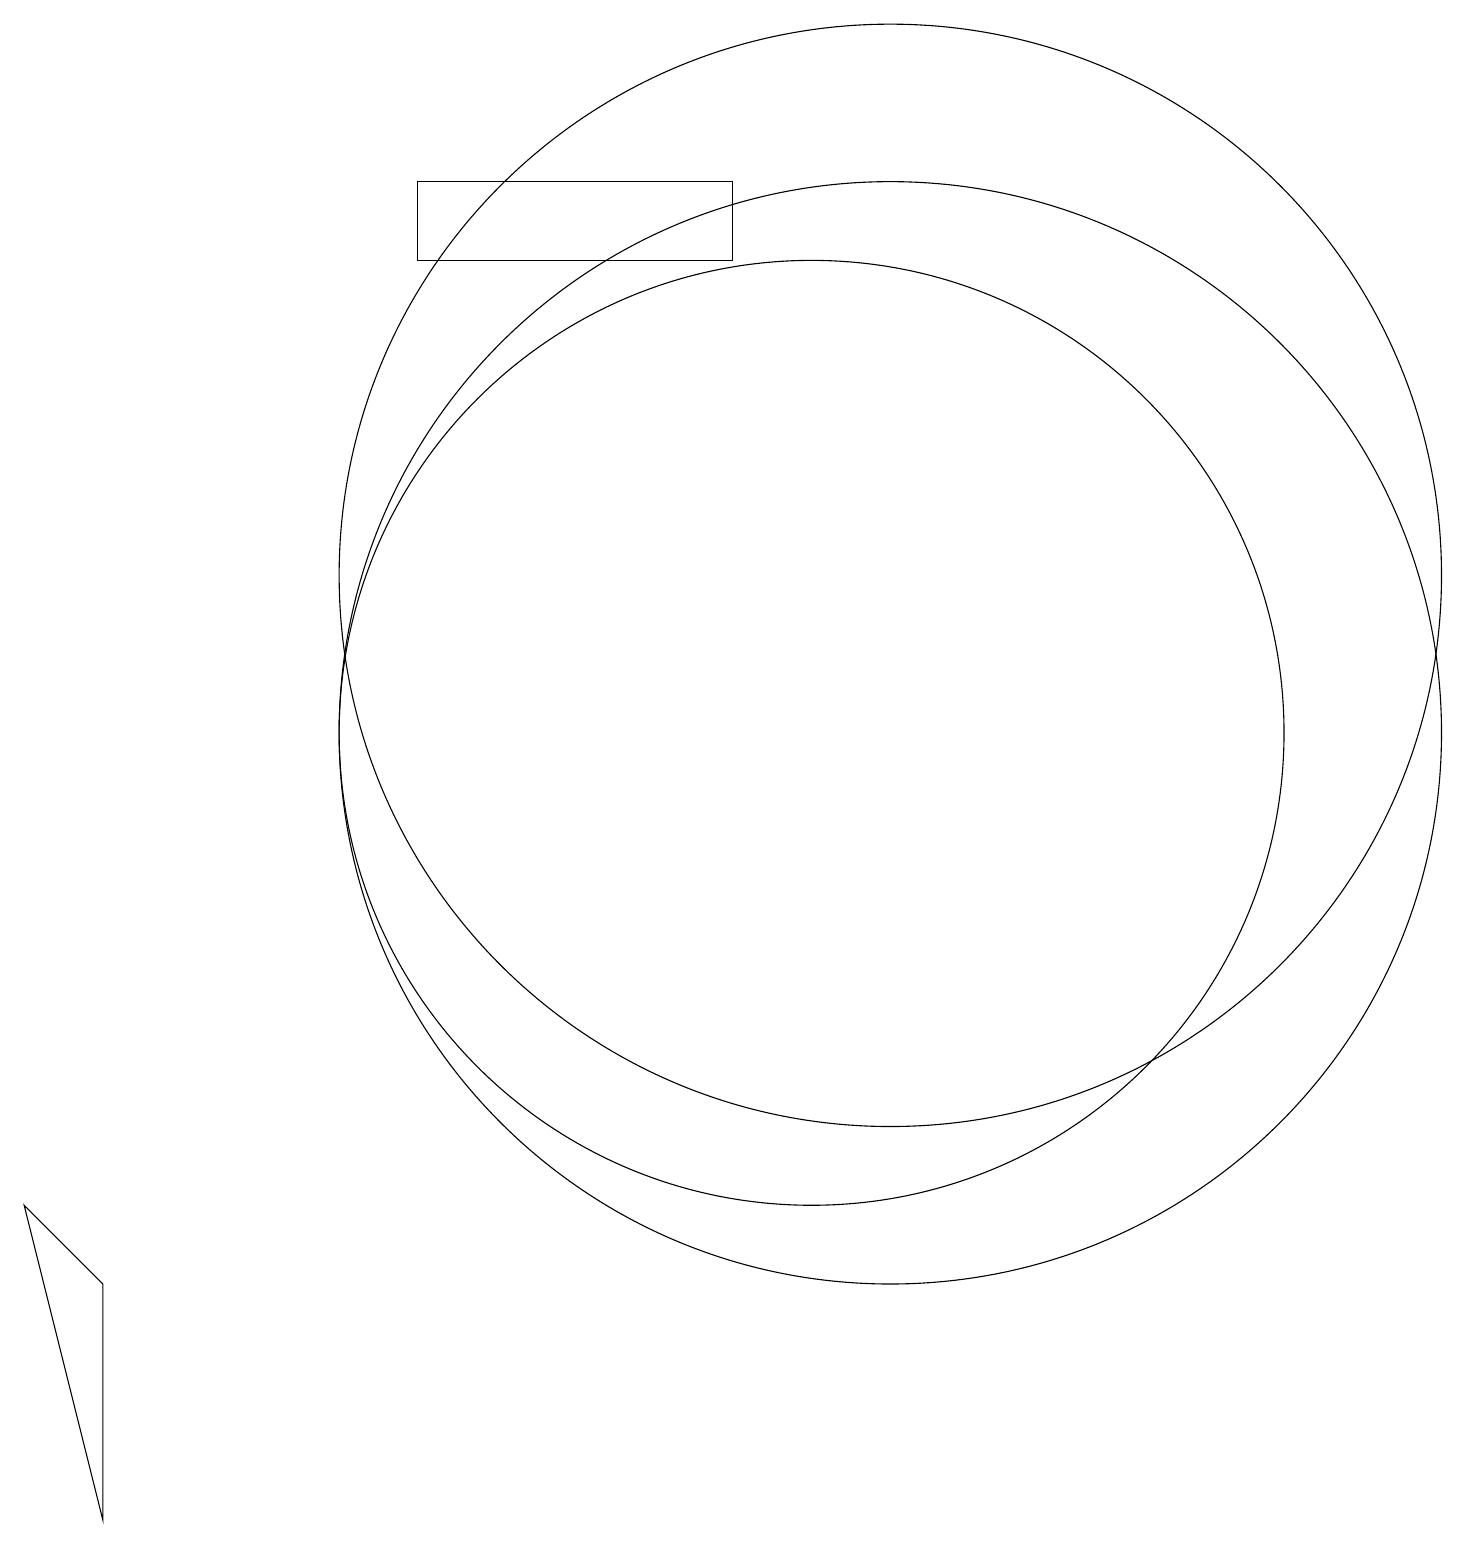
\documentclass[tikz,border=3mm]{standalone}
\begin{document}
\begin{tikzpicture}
\draw (12,12) circle (0);
\draw (11,10) circle (7);
\draw (1,0) -- (1,3) -- (0,4) -- cycle;
\draw (10,10) circle (6);
\draw (9,16) rectangle (5,17);
\draw (11,12) circle (7);
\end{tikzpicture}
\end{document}